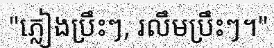
"ភ្លៀងប្រឹះៗ, រលឹមប្រឹះៗ។"